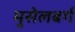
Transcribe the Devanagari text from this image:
मुसेलबर्ग